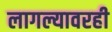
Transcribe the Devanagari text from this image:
लागल्यावरही